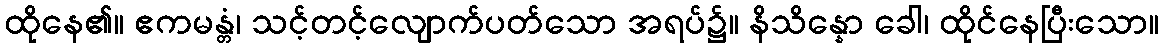
ထိုနေ၏။ ဧကမန္တံ၊ သင့်တင့်လျောက်ပတ်သော အရပ်၌။ နိသိန္နော ခေါ၊ ထိုင်နေပြီးသော။